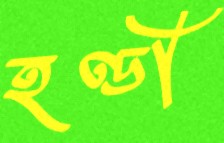
হণ্ডী